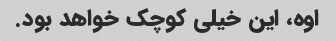
اوه، این خیلی کوچک خواهد بود.